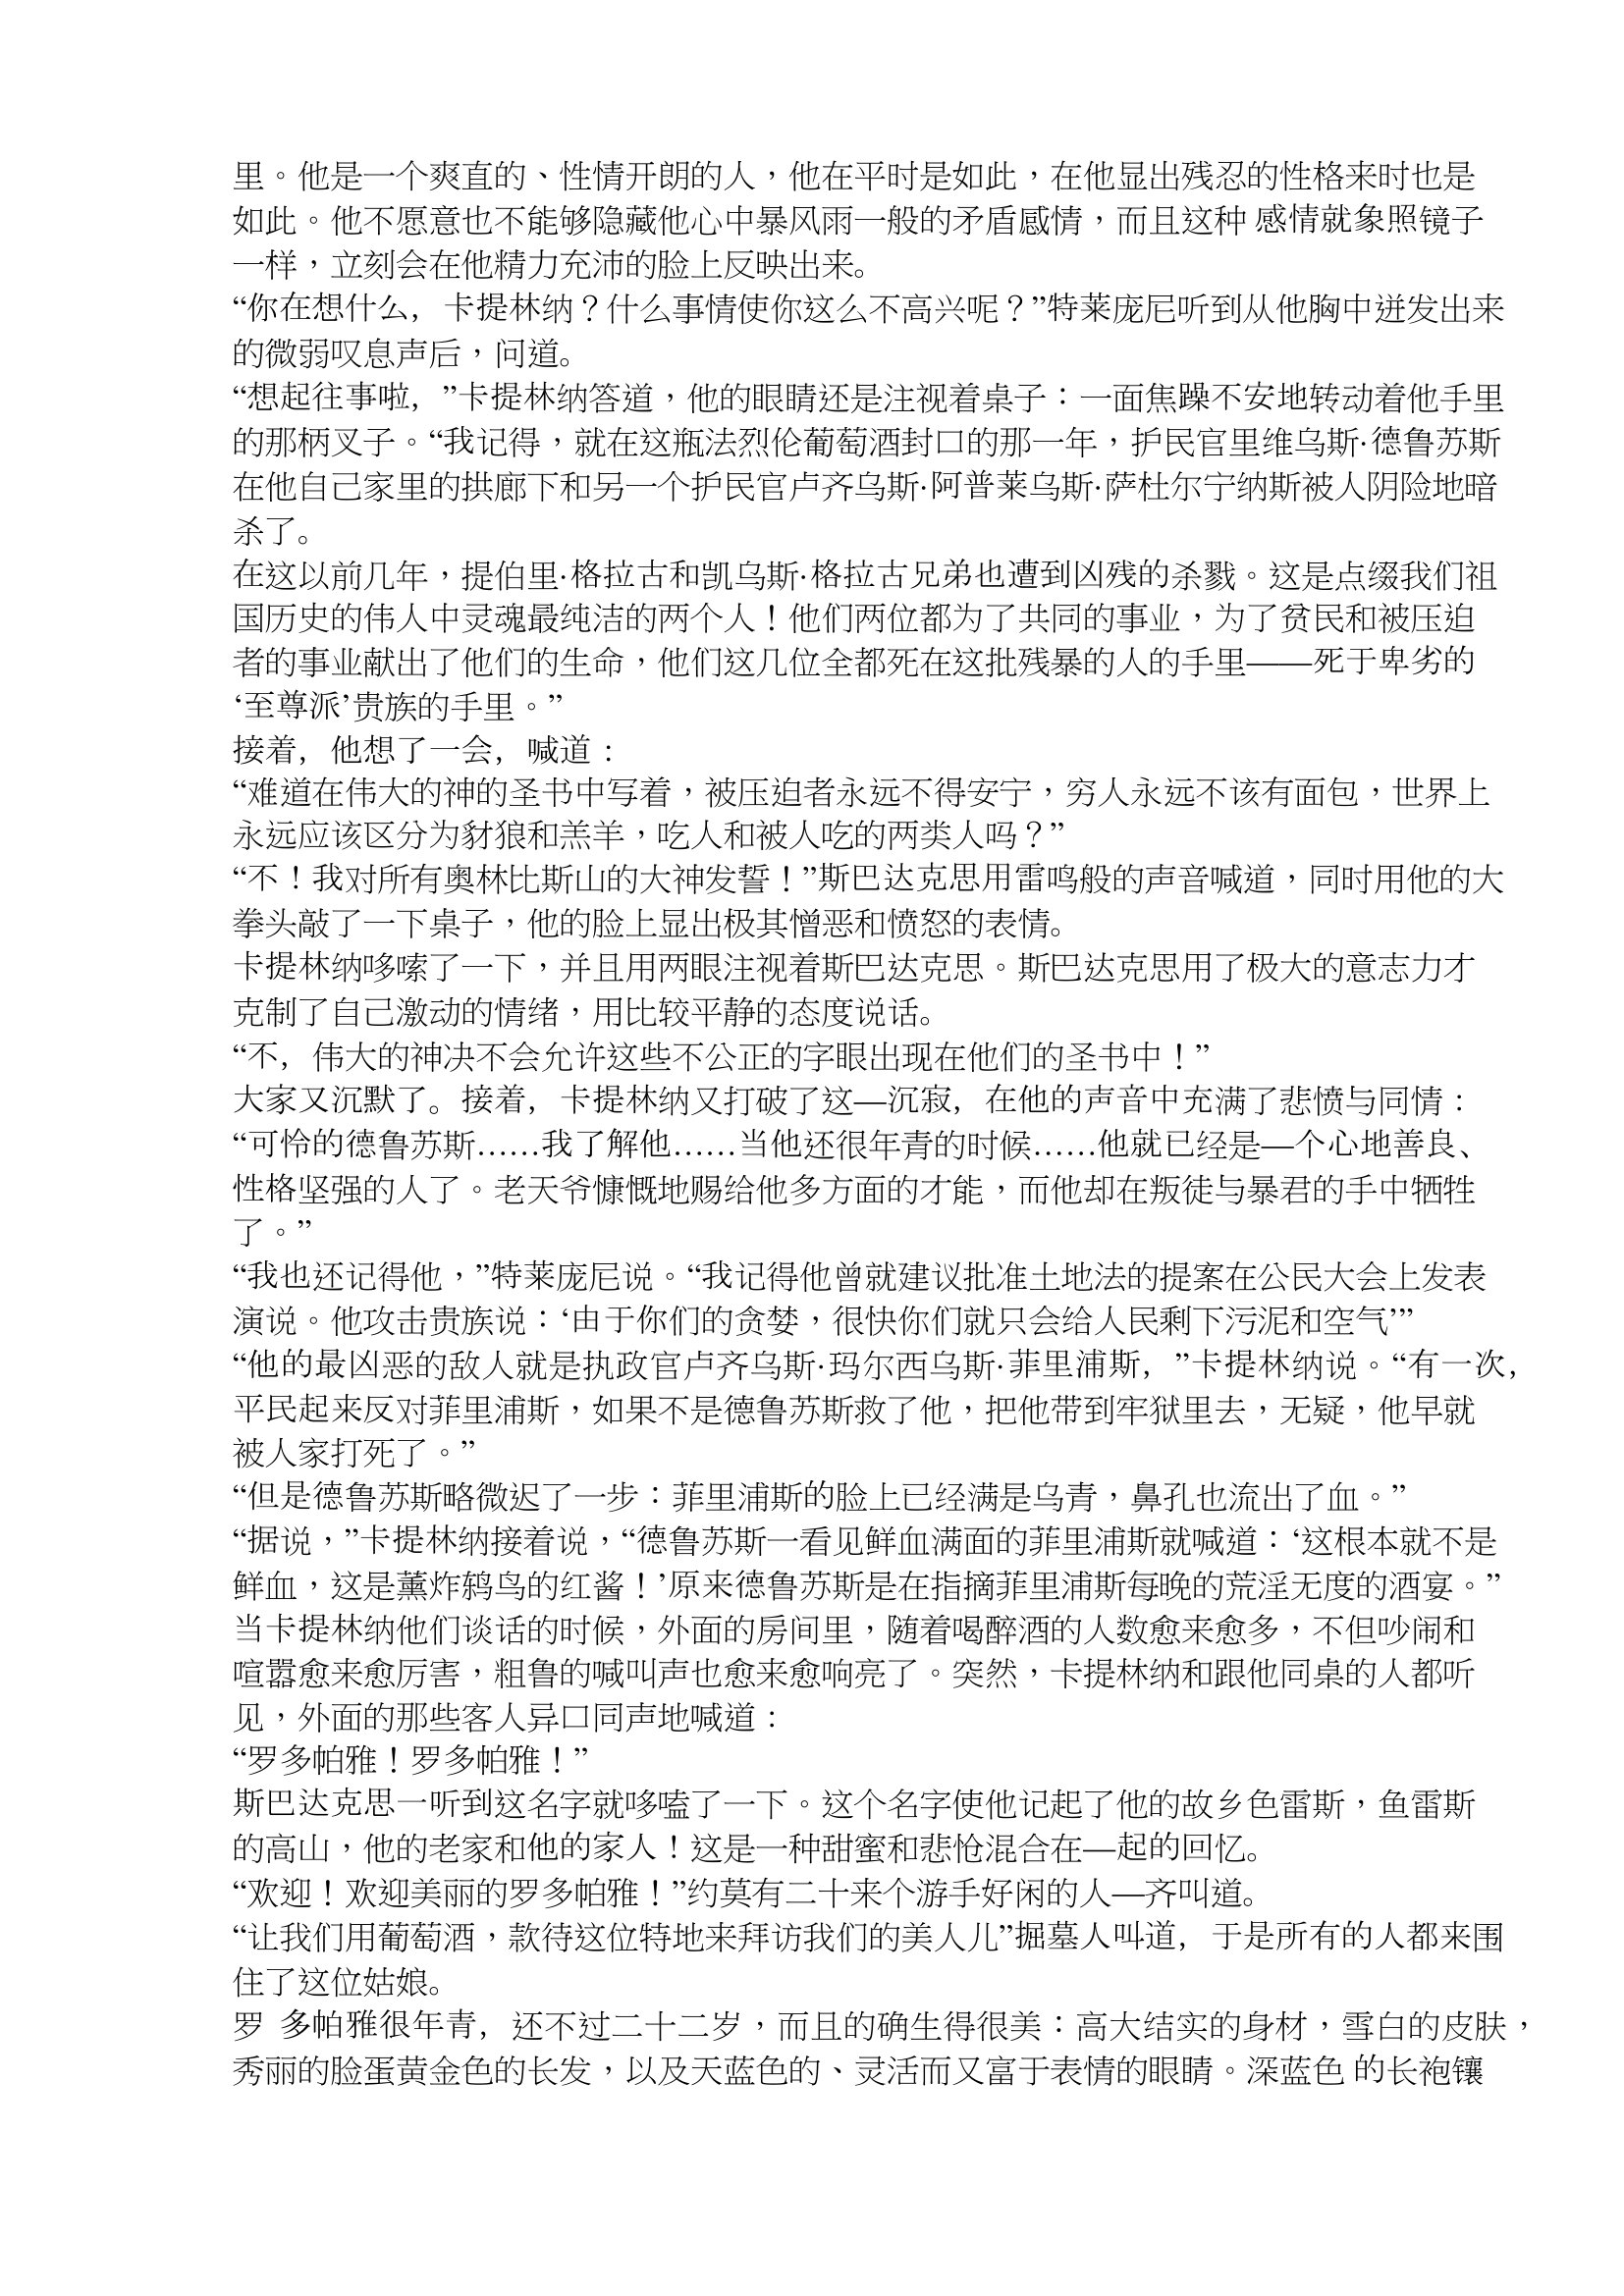
Language: zh